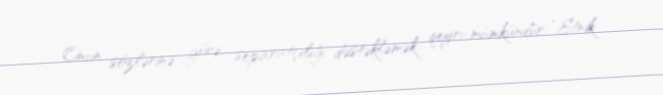
Onun sözlərinə görə, separatçılığı dəstəkləmək qeyri-mümkündür: “Etnik